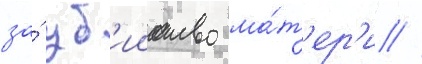
за́ уб'ииство ма́т'ер'и //